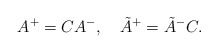
\begin{align*}A^+ = C A^-, \quad \tilde A^+ = \tilde A^- C.\end{align*}